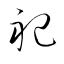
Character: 祀